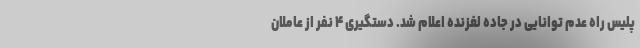
پلیس راه عدم توانایی در جاده لغزنده اعلام شد. دستگیری ۴ نفر از عاملان